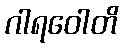
ဂါရဝေါတိ